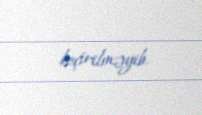
keçirilməyib.